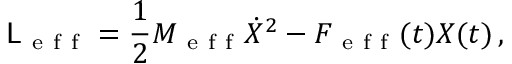
\mathsf { L } _ { \mathrm { ~ e ~ f ~ f ~ } } = \frac { 1 } { 2 } M _ { \mathrm { ~ e ~ f ~ f ~ } } \dot { X } ^ { 2 } - F _ { \mathrm { ~ e ~ f ~ f ~ } } ( t ) X ( t ) \, ,